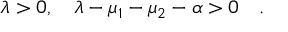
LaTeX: \lambda > 0 , ~ ~ ~ \lambda - \mu _ { 1 } - \mu _ { 2 } - \alpha > 0 ~ ~ ~ .